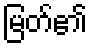
မြတ်၏